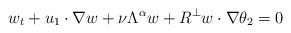
LaTeX: \begin{align*} w_t+u_1\cdot\nabla w+\nu\Lambda^\alpha w+R^\perp w\cdot\nabla \theta_2=0\end{align*}